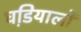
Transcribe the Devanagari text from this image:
घडि़यालों